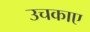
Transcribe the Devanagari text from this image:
उचकाए